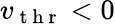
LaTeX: v_{\mathrm{~t~h~r~}}<0